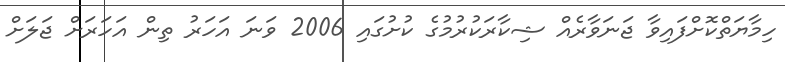
ހިމާޔަތްކޮށްފައިވާ ޖަނަވާރެއް ޝިކާރަކުރުމުގެ ކުށުގައި 2006 ވަނަ އަހަރު ތިން އަހަރަށް ޖަލަށް